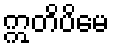
ဣတိပိမေ